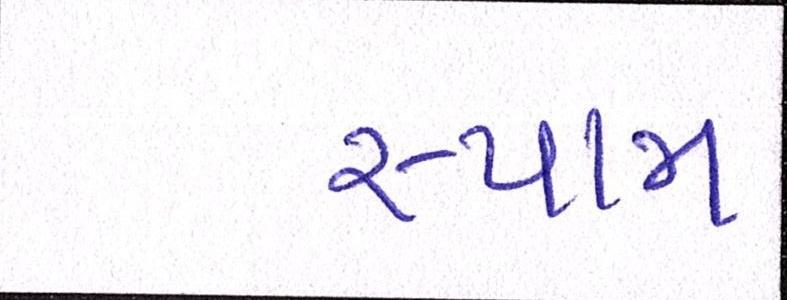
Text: સ્પામ